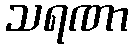
သရဏာ